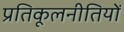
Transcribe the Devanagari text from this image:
प्रतिकूलनीतियों